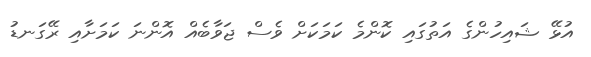
އުޅޭ ޝައިހުންގެ އަތުގައި ކޮންމެ ކަމަކަށް ވެސް ޖަވާބެއް އޮންނަ ކަމަށާއި ރޭގަނޑު